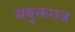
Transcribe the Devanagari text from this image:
संयुक्तराज